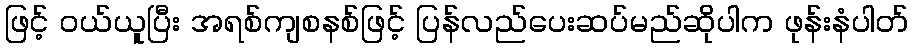
ဖြင့် ဝယ်ယူပြီး အရစ်ကျစနစ်ဖြင့် ပြန်လည်ပေးဆပ်မည်ဆိုပါက ဖုန်းနံပါတ်